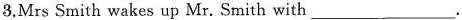
3. Mrs Smith wakes up Mr. Smith with___ .